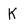
Character: K